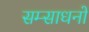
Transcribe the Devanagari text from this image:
सम्साधनों